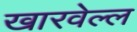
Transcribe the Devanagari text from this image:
खारवेल्ल